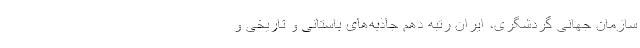
سازمان جهانی گردشگری، ایران رتبه دهم جاذبه‌های باستانی و تاریخی و